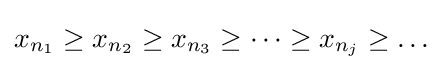
x_{n_{1}}\geq x_{n_{2}}\geq x_{n_{3}}\geq \dots \geq x_{n_{j}}\geq \dots